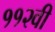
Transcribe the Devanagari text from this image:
११२वी